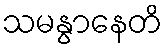
သမနွာနေတိ